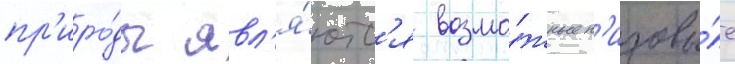
пр'иро́ды явл'я́ютс'я возмо́жные н'изовы́е